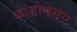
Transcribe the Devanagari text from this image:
कांडोनेसए